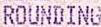
ROUNDING